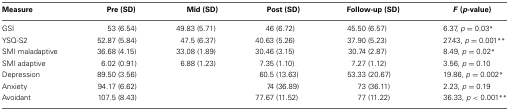
<table><thead><tr><td><b>Measure</b></td><td><b>Pre (SD)</b></td><td><b>Mid (SD)</b></td><td><b>Post (SD)</b></td><td><b>Follow-up (SD)</b></td><td><b><i>F</i> (<i>p</i>-value)</b></td></tr></thead><tbody><tr><td>GSI</td><td>53 (6.54)</td><td>49.83 (5.71)</td><td>46 (6.72)</td><td>45.50 (6.57)</td><td>6.37, <i>p</i> = 0.03<sup>*</sup></td></tr><tr><td>YSQ-S2</td><td>52.87 (5.84)</td><td>47.5 (6.37)</td><td>40.63 (5.26)</td><td>37.90 (5.23)</td><td>27.43, <i>p</i> = 0.001<sup>**</sup></td></tr><tr><td>SMI maladaptive</td><td>36.68 (4.15)</td><td>33.08 (1.89)</td><td>30.46 (3.15)</td><td>30.74 (2.87)</td><td>8.49, <i>p</i> = 0.02<sup>*</sup></td></tr><tr><td>SMI adaptive</td><td>6.02 (0.91)</td><td>6.88 (1.23)</td><td>7.35 (1.10)</td><td>7.27 (1.12)</td><td>3.56, <i>p</i> = 0.10</td></tr><tr><td>Depression</td><td>89.50 (3.56)</td><td></td><td>60.5 (13.63)</td><td>53.33 (20.67)</td><td>19.86, <i>p</i> = 0.002<sup>*</sup></td></tr><tr><td>Anxiety</td><td>94.17 (6.62)</td><td></td><td>74 (36.89)</td><td>73 (36.11)</td><td>2.23, <i>p</i> = 0.19</td></tr><tr><td>Avoidant</td><td>107.5 (8.43)</td><td></td><td>77.67 (11.52)</td><td>77 (11.22)</td><td>36.33, <i>p</i> &lt; 0.001<sup>**</sup></td></tr></tbody></table>